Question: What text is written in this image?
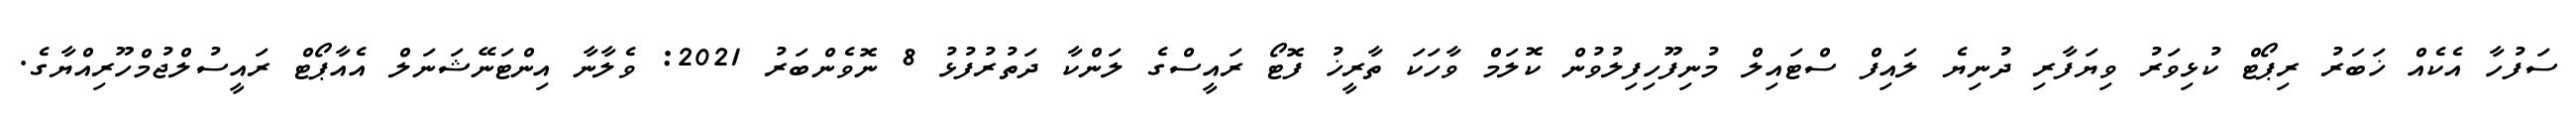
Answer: ސަފުހާ އެކެއް ޚަބަރު ރިޕޯޓް ކުޅިވަރު ވިޔަފާރި ދުނިޔެ ލައިފް ސްޓައިލް މުނިފޫހިފިލުވުން ކޮލަމް ވާހަކަ ތާރީޚު ފޮޓޯ ރައީސްގެ ލަންކާ ދަތުރުފުޅު 8 ނޮވެންބަރު 2021: ވެލާނާ އިންޓަނޭޝަނަލް އެއާޕޯޓް ރައީސުލްޖުމްހޫރިއްޔާގެ.